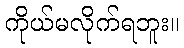
ကိုယ်မလိုက်ရဘူး။